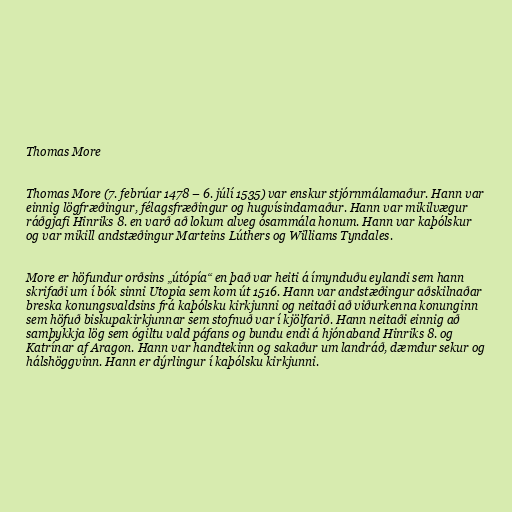
Thomas More

Thomas More (7. febrúar 1478 – 6. júlí 1535) var enskur stjórnmálamaður. Hann var
einnig lögfræðingur, félagsfræðingur og hugvísindamaður. Hann var mikilvægur
ráðgjafi Hinriks 8. en varð að lokum alveg ósammála honum. Hann var kaþólskur
og var mikill andstæðingur Marteins Lúthers og Williams Tyndales.

More er höfundur orðsins „útópía“ en það var heiti á ímynduðu eylandi sem hann
skrifaði um í bók sinni Utopia sem kom út 1516. Hann var andstæðingur aðskilnaðar
breska konungsvaldsins frá kaþólsku kirkjunni og neitaði að viðurkenna konunginn
sem höfuð biskupakirkjunnar sem stofnuð var í kjölfarið. Hann neitaði einnig að
samþykkja lög sem ógiltu vald páfans og bundu endi á hjónaband Hinriks 8. og
Katrínar af Aragon. Hann var handtekinn og sakaður um landráð, dæmdur sekur og
hálshöggvinn. Hann er dýrlingur í kaþólsku kirkjunni.